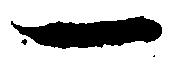
一